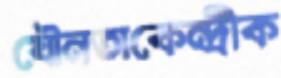
যৌনতাকেন্দ্রীক